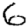
Digit: 6